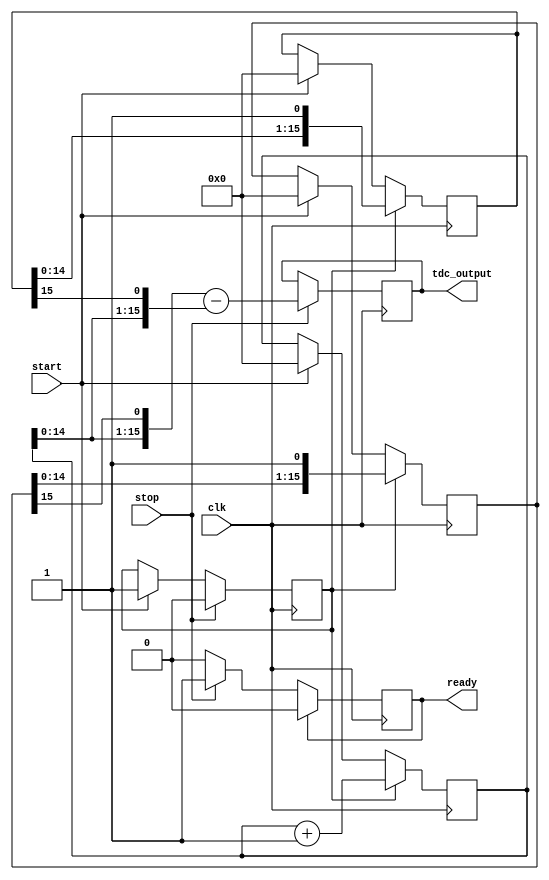
module TDC (
    input wire clk,                // System clock
    input wire start,              // Start signal
    input wire stop,               // Stop signal
    output reg [15:0] tdc_output,  // TDC output (Resolution can be set)
    output reg ready               // Ready signal for output
);

    // Parameters
    parameter NUM_DELAY_STAGES = 16; // Number of stages in the delay lines
    parameter DELAY_A = 10;           // Delay unit for Delay Line A (in time units)
    parameter DELAY_B = 9;            // Delay unit for Delay Line B (in time units)

    // Internal Registers
    reg [NUM_DELAY_STAGES-1:0] delay_line_a;
    reg [NUM_DELAY_STAGES-1:0] delay_line_b;
    reg [15:0] counter;
    reg measuring;
    
    // Initialize
    initial begin
        tdc_output = 0;
        counter = 0;
        measuring = 0;
        ready = 0;
        delay_line_a = 0;
        delay_line_b = 0;
    end

    // Timing Measurement
    always @(posedge clk) begin
        if (start) begin
            // Start measuring
            measuring <= 1;
            counter <= 0;
            delay_line_a <= 0;
            delay_line_b <= 0;
        end
        if (measuring) begin
            // Increment the counter
            counter <= counter + 1;

            // Generate delay lines outputs
            delay_line_a <= {delay_line_a[NUM_DELAY_STAGES-2:0], 1'b1};
            #DELAY_A; // Simulate the delay of Delay Line A

            delay_line_b <= {delay_line_b[NUM_DELAY_STAGES-2:0], 1'b1};
            #DELAY_B; // Simulate the delay of Delay Line B
        end
        if (stop) begin
            // Stop measurement and latch the outputs
            measuring <= 0;
            tdc_output <= {counter, delay_line_a[NUM_DELAY_STAGES-1:NUM_DELAY_STAGES-1]} - 
                          {counter, delay_line_b[NUM_DELAY_STAGES-1:NUM_DELAY_STAGES-1]};
            ready <= 1;
        end
        if (ready) begin
            // Reset ready signal for next measurement
            ready <= 0;
        end
    end
endmodule